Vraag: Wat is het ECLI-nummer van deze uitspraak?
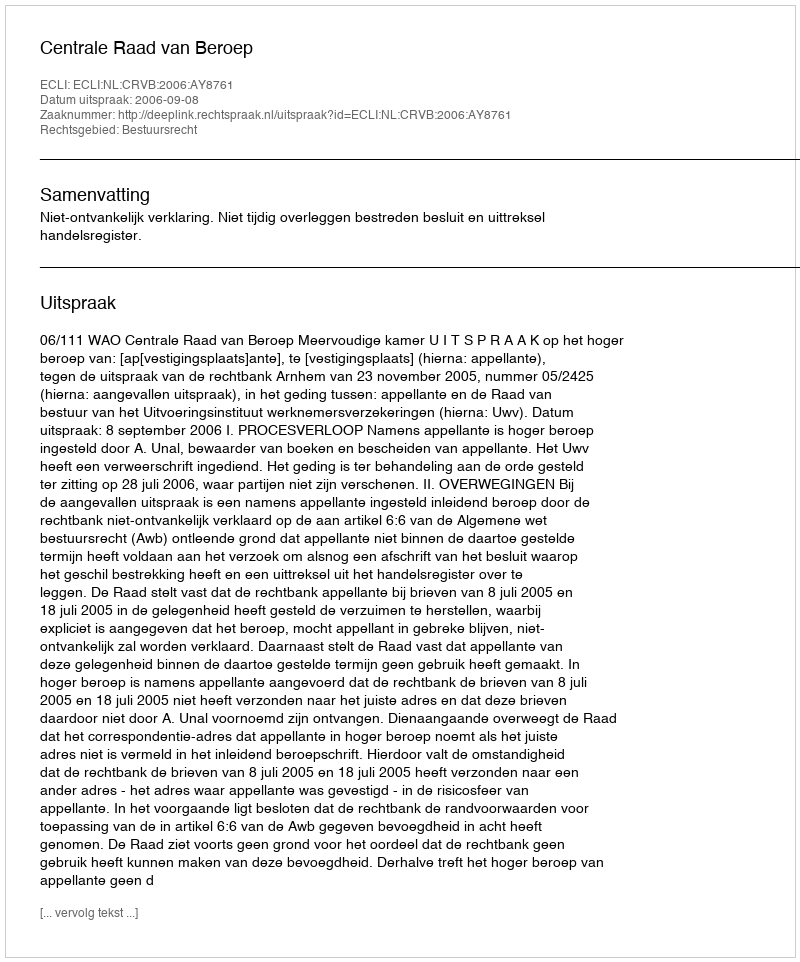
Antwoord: ECLI:NL:CRVB:2006:AY8761